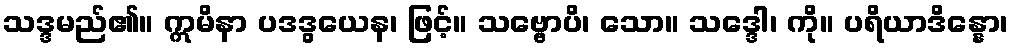
သဒ္ဒမည်၏။ ဣမိနာ ပဒဒွယေန၊ ဖြင့်။ သဗ္ဗောပိ၊ သော။ သဒ္ဒေါ၊ ကို။ ပရိယာဒိန္နော၊